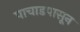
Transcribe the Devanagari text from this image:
पाचाडपासून